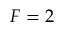
F = 2